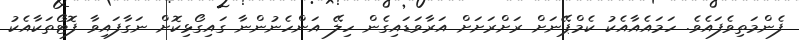
ފެންމަތިވެފައެވެ. ހަމައެއާއެކު ކެމްޕޭނަށް ރަށްރަށަށް އަރާވަޑައިގެން ހިލޭ އަންހެނުންނާ ގައިގޯޅިކޮށް ނަގާފައިވާ ފޮޓޯތަކާއެކު